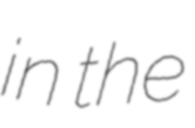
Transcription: in the